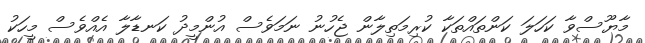
މާޔޫސްވާ ކަހަލަ ކަންތައްތަކާ ކުރިމަތިލާން ޖެހުނު ނަމަވެސް އުންމީދު ކަނޑާލާ އެއްވެސް މީހަކު